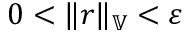
0 < \| r \| _ { \mathbb { V } } < \varepsilon